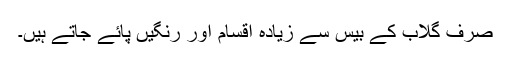
صرف گلاب کے بیس سے زیادہ اقسام اور رنگیں پائے جاتے ہیں۔